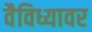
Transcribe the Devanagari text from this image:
वैविध्यावर